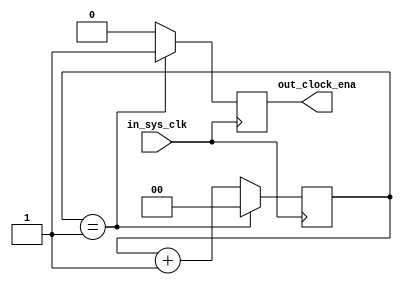
module clk_div(
    input in_sys_clk,
    output out_clock_ena
);

reg [1:0] cnt;
reg ce;
    initial begin
      cnt <= 1'b0;
      ce  <= 1'b0;
    end
    always @(posedge in_sys_clk) begin
      if(cnt == 1) begin
          ce <= 1'b1;
          cnt <= 0;
      end  else begin
          ce <= 1'b0;
	  cnt <= cnt + 1'b1;
      end
          //cnt <= cnt + 1'b1;
    end

    assign out_clock_ena = ce;
endmodule